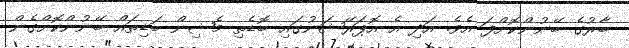
ބާރުގެ ބޭނުންކޮށްފަ އެވެ. އަދި އެ އޮޕަރޭޝަނުގައި ބޮޑެތި މެޝިން ބަޑިތައް ބޭނުންކޮށްގެން